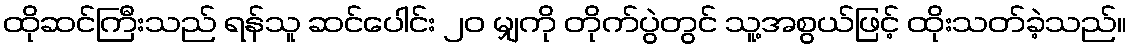
ထိုဆင်ကြီးသည် ရန်သူ ဆင်ပေါင်း ၂၀ မျှကို တိုက်ပွဲတွင် သူ့အစွယ်ဖြင့် ထိုးသတ်ခဲ့သည်။